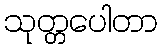
သုတ္တပေါတာ